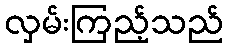
လှမ်းကြည့်သည်